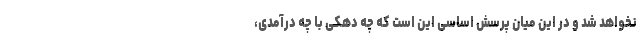
نخواهد شد و در این میان پرسش اساسی این است که چه دهکی با چه درآمدی،